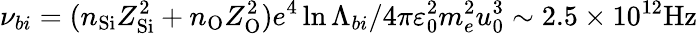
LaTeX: \nu_{bi}=(n_{\mathrm{Si}}Z_{\mathrm{Si}}^{2}+n_{\mathrm{O}}Z_{\mathrm{O}}^{2})e^{4}\ln\Lambda_{bi}/4\pi\varepsilon_{0}^{2}m_{e}^{2}u_{0}^{3}\sim 2.5\times 10^{12}\mathrm{Hz}